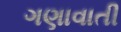
ગણાવાતી